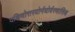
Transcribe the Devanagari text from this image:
दक्षिणोत्तरयोर्नघोर्वरणासिश्च